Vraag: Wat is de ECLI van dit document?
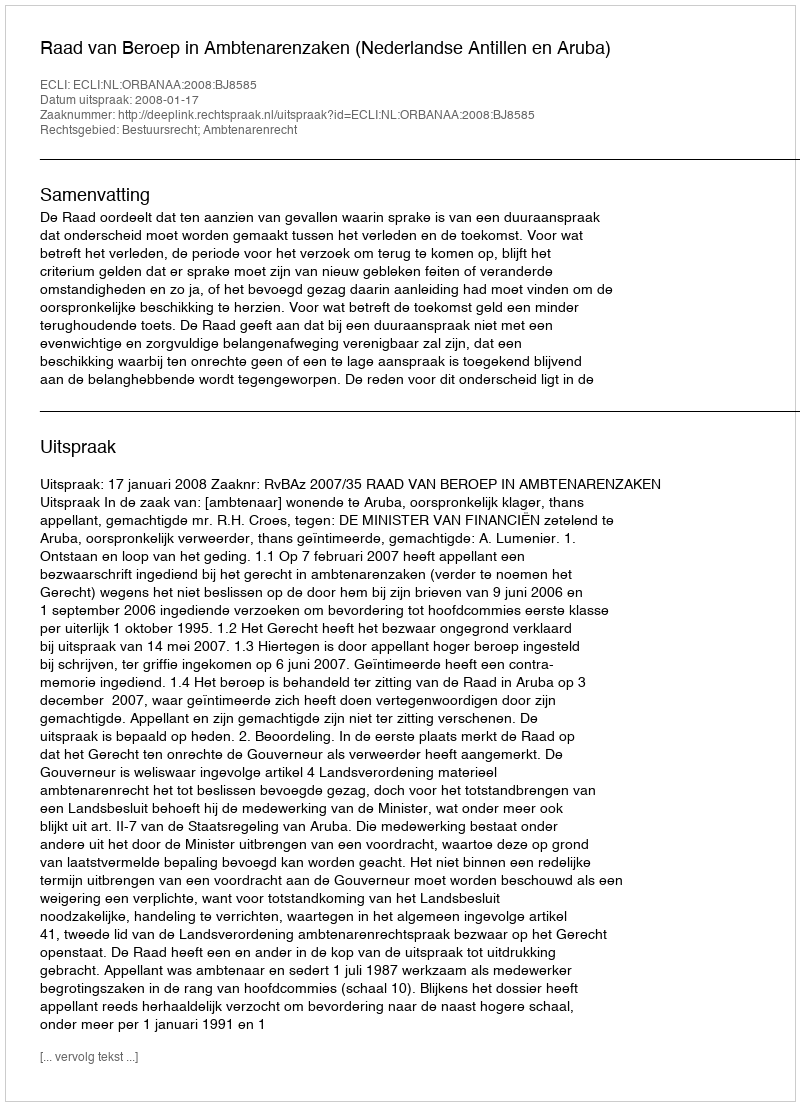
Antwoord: ECLI:NL:ORBANAA:2008:BJ8585